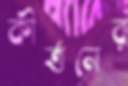
কীর্ত্তনের